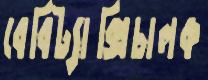
বেবিট্যাক্সিচালক